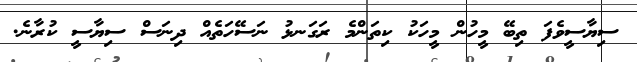
ސިޔާސީވެފަ ތިބޭ މީހުން މީހަކު ކިތަންމެ ރަގަނޅު ނަސޭހަތެއް ދިނަސް ސިޔާސީ ކުރާނެ.